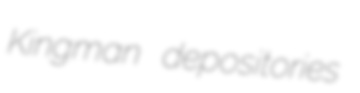
Kingman depositories